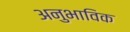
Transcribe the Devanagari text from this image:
अनुभाविक